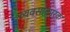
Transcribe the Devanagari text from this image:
व्यवसायपरक